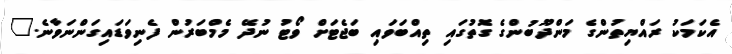
އެކަމަކު ރައްޔިތުންގެ މަންދޫބުންގެ ގޮތުގައި ތިއްބަވައި ބަޖެޓަށް ވޯޓު ނުދޭ މެމްބަރުން ފެނިވަޑައިގަންނަވާނެ."